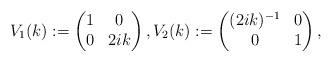
LaTeX: \begin{align*}V_1(k):=\begin{pmatrix}1 & 0 \\0 & 2ik\end{pmatrix},V_2(k):=\begin{pmatrix}(2ik)^{-1} & 0 \\0 & 1\end{pmatrix},\end{align*}